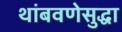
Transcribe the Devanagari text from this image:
थांबवणेसुद्धा